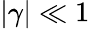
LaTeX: \vert\gamma\vert\ll 1